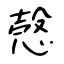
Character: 愨